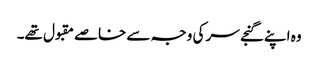
وہ اپنے گنجے سر کی وجہ سے خاصے مقبول تھے۔